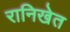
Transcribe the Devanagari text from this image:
रानिखेत